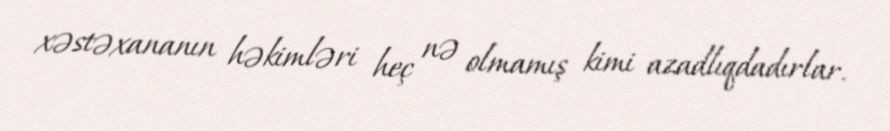
xəstəxananın həkimləri heç nə olmamış kimi azadlıqdadırlar.